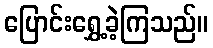
ပြောင်းရွှေ့ခဲ့ကြသည်။